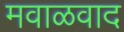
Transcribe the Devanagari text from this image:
मवाळवाद